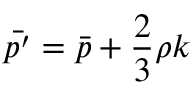
\bar { p ^ { \prime } } = \bar { p } + \frac 2 3 \rho k